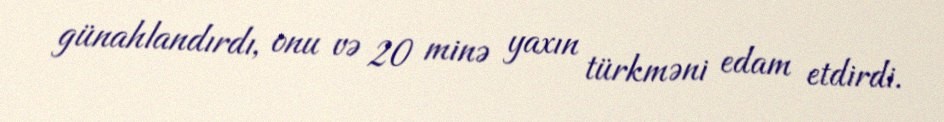
günahlandırdı, onu və 20 minə yaxın türkməni edam etdirdi.